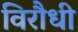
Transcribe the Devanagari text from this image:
विरौधी